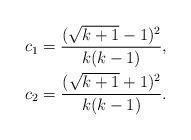
LaTeX: \begin{align*}c_1 = \frac{(\sqrt{k+1}-1)^2}{k(k-1)}, \\c_2 = \frac{(\sqrt{k+1}+1)^2}{k(k-1)} .\end{align*}